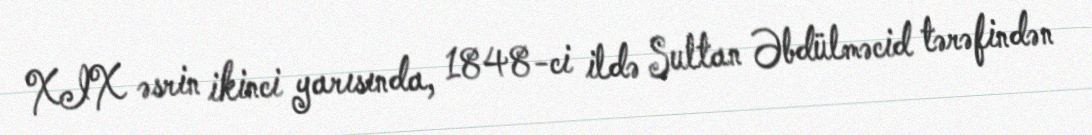
XIX əsrin ikinci yarısında, 1848-ci ildə Sultan Əbdülməcid tərəfindən